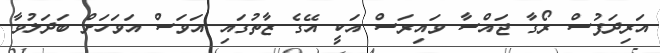
އަރިދަފުސް ރޯގާ ޖައްސާ ވައިރަސް އަކީ އޭގެ ޒާތުގައި އަވަސް އަވަހަށް ބަދަލުވާ